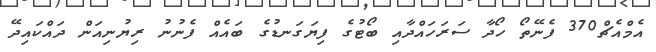
އެމްއެޗް370 ފެނޭތޯ ހޯދާ ސަރަހައްދާއި ބޯޓުގެ ފިޔަގަނޑުގެ ބައެއް ފެނުނު ރިޔުނިއަން ދައްކައިދޭ